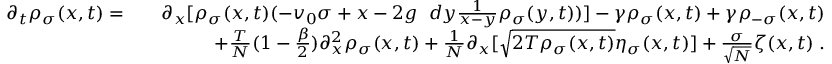
\begin{array} { r l r } { \partial _ { t } \rho _ { \sigma } ( x , t ) = } & { } & { \partial _ { x } [ \rho _ { \sigma } ( x , t ) ( - v _ { 0 } \sigma + x - 2 g \fint d y \frac { 1 } { x - y } \rho _ { \sigma } ( y , t ) ) ] - \gamma \rho _ { \sigma } ( x , t ) + \gamma \rho _ { - \sigma } ( x , t ) } \\ & { } & { + \frac { T } { N } ( 1 - \frac { \beta } { 2 } ) \partial _ { x } ^ { 2 } \rho _ { \sigma } ( x , t ) + \frac { 1 } { N } \partial _ { x } [ \sqrt { 2 T \rho _ { \sigma } ( x , t ) } \eta _ { \sigma } ( x , t ) ] + \frac { \sigma } { \sqrt { N } } \zeta ( x , t ) \; . } \end{array}